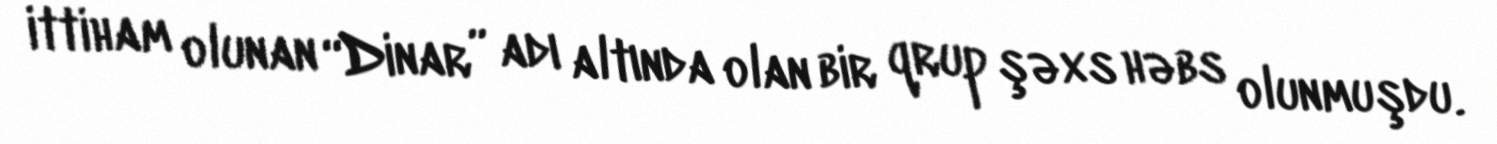
ittiham olunan “Dinar” adı altında olan bir qrup şəxs həbs olunmuşdu.